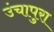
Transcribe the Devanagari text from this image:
उंचापुरा